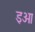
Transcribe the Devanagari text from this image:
इओ